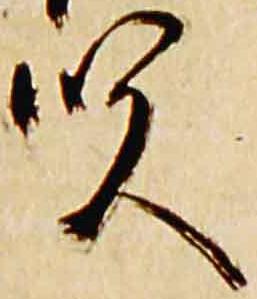
賢